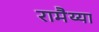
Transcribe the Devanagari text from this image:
रामैय्या